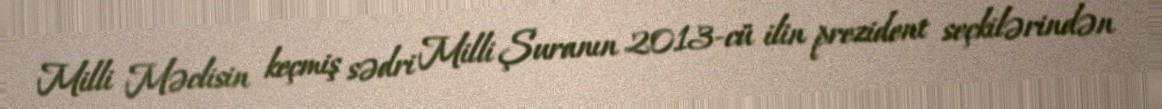
Milli Məclisin keçmiş sədri Milli Şuranın 2013-cü ilin prezident seçkilərindən